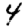
Digit: 4